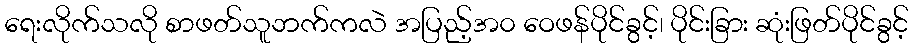
ရေးလိုက်သလို စာဖတ်သူဘက်ကလဲ အပြည့်အ၀ ဝေဖန်ပိုင်ခွင့်၊ ပိုင်းခြား ဆုံးဖြတ်ပိုင်ခွင့်